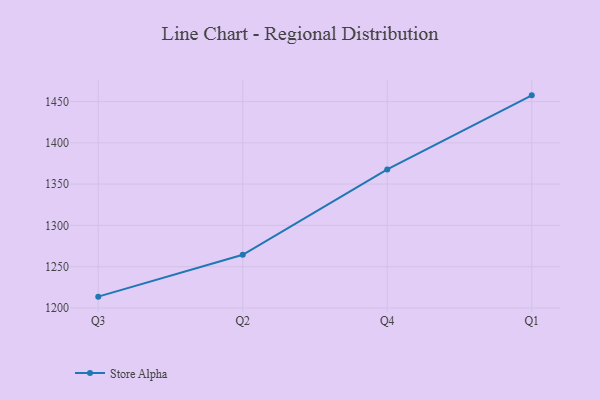
{"axis": {"x": "Quarter", "y": "Demand Index"}, "legend": ["Store Alpha"], "data": [{"x": "Q3", "y": 1213.7, "type": "Store Alpha"}, {"x": "Q2", "y": 1264.4, "type": "Store Alpha"}, {"x": "Q4", "y": 1367.8, "type": "Store Alpha"}, {"x": "Q1", "y": 1457.5, "type": "Store Alpha"}]}